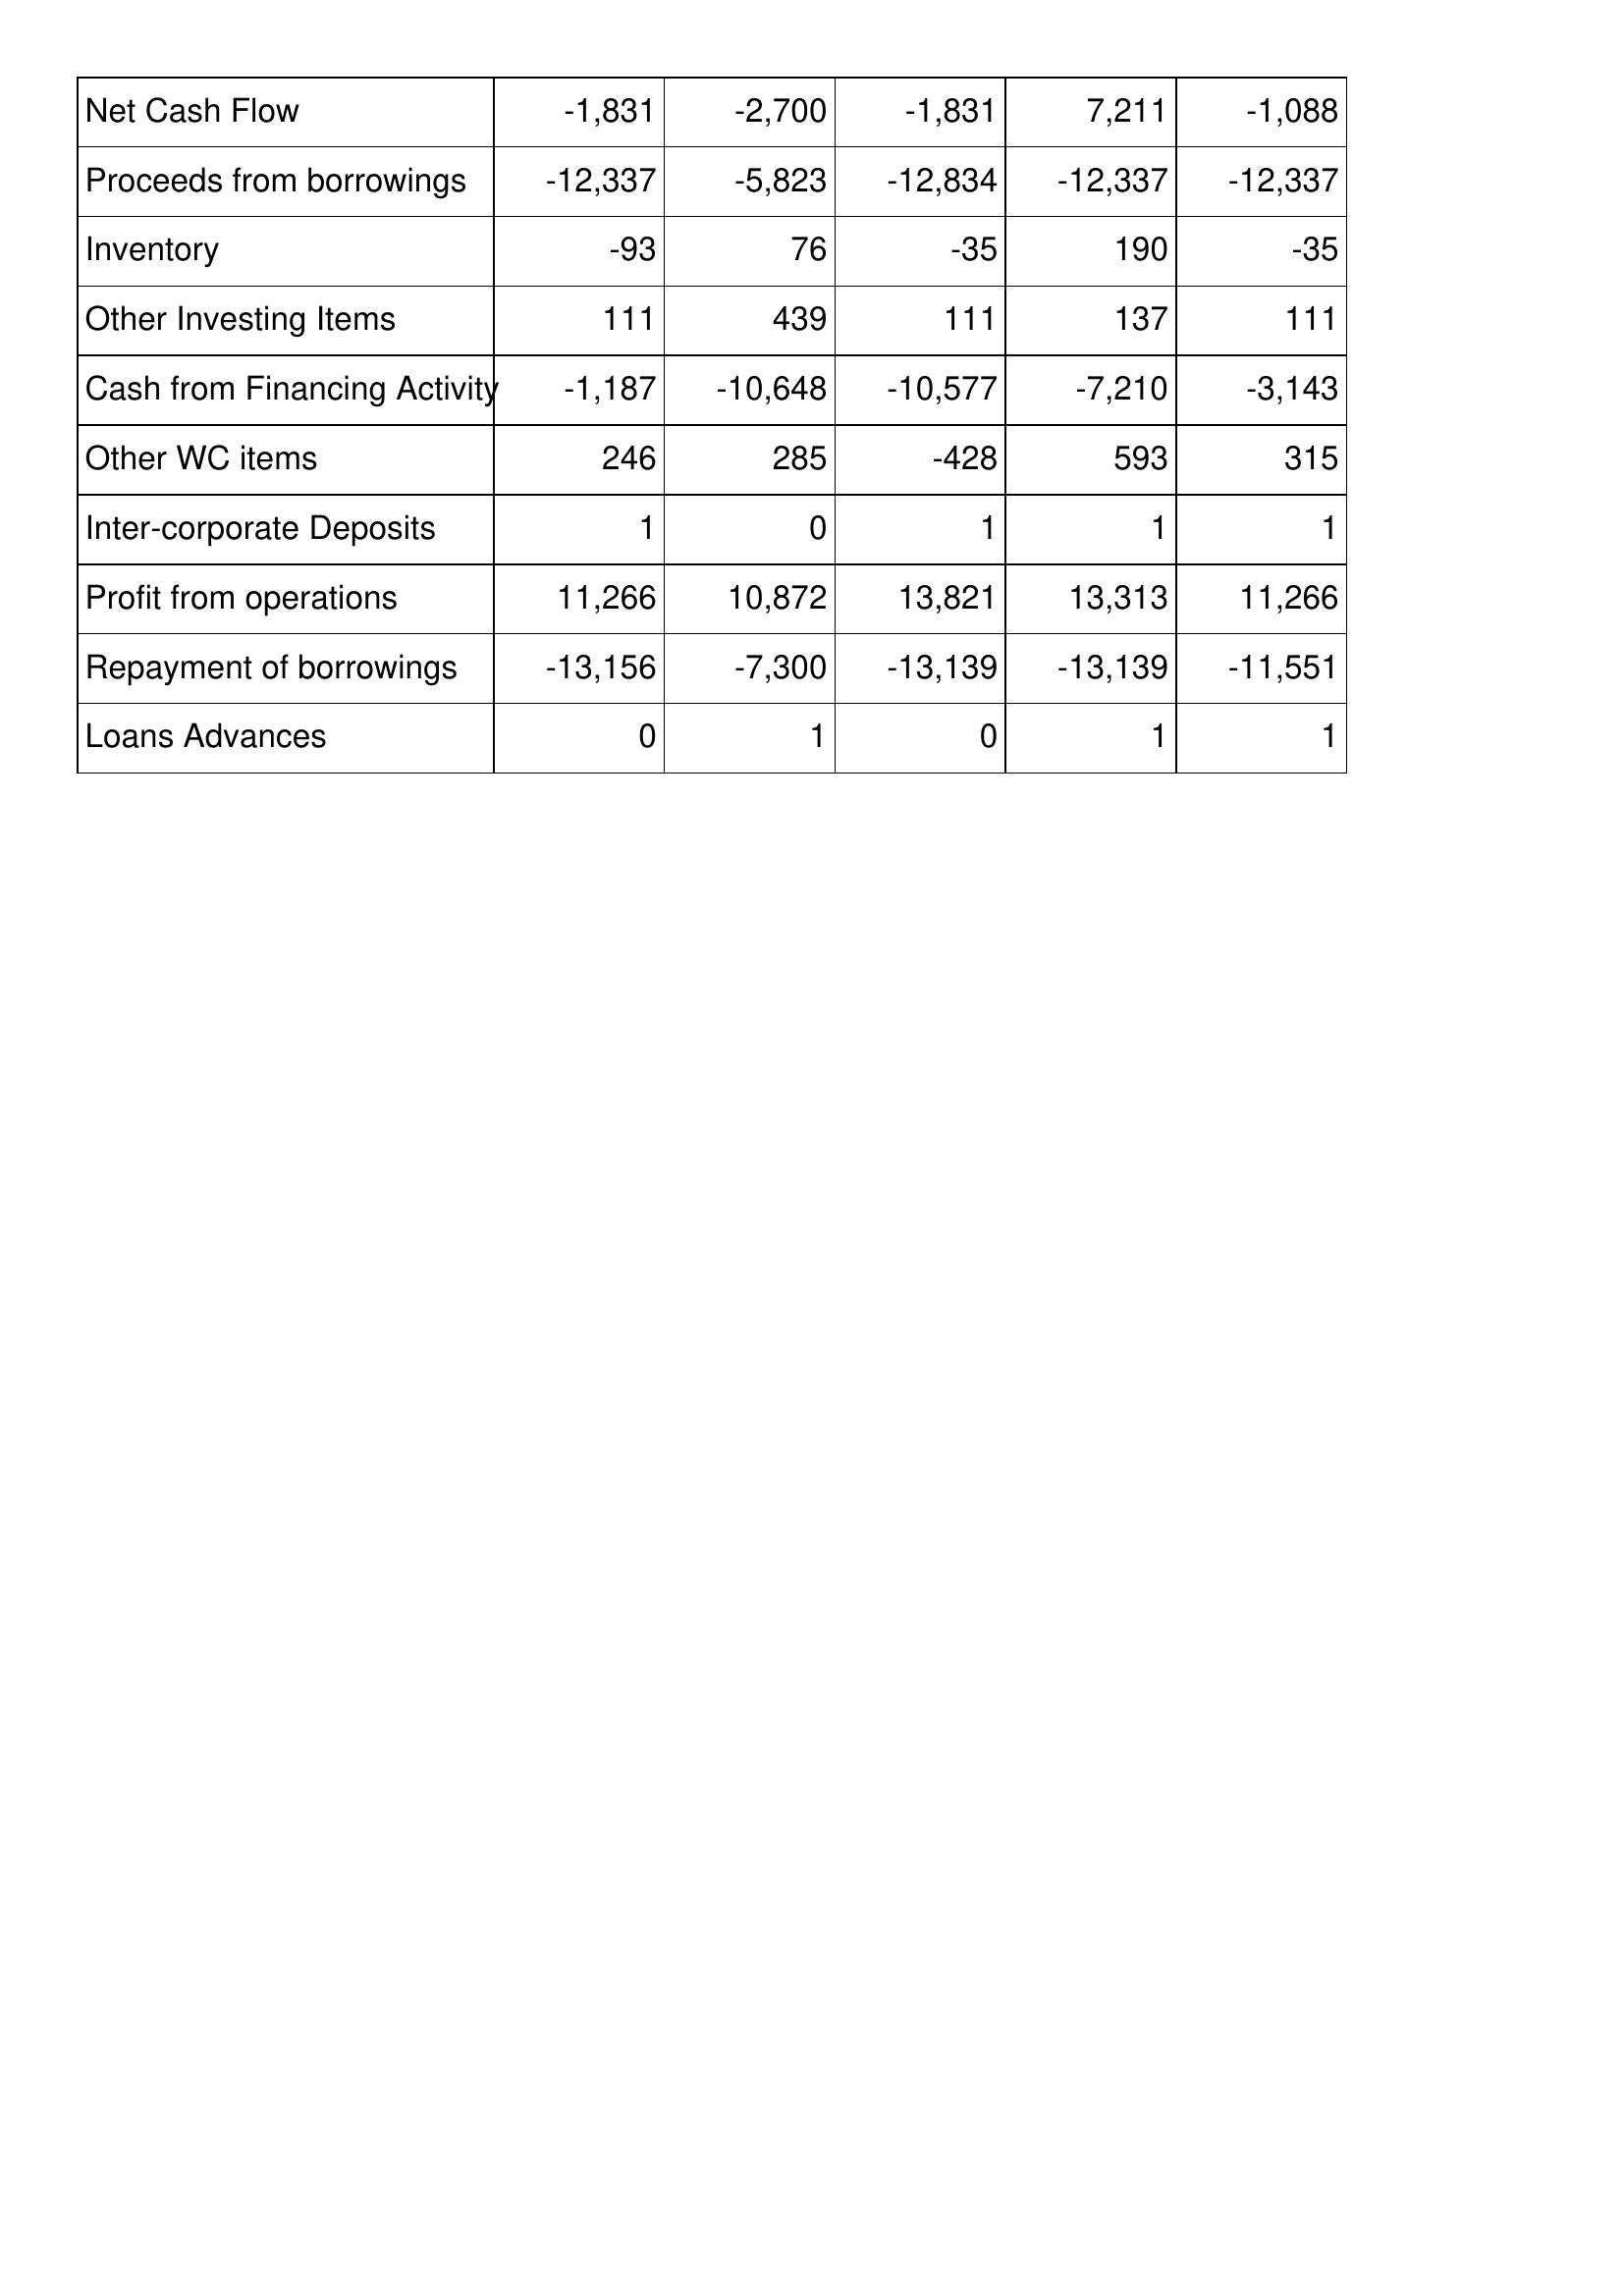
Mar-16: Cash Flows: Net Cash Flow: -1,831
Proceeds from borrowings: -12,337
Inventory: -93
Other Investing Items: 111
Cash from Financing Activity: -1,187
Other WC items: 246
Inter-corporate Deposits: 1
Profit from operations: 11,266
Repayment of borrowings: -13,156
Loans Advances: 0
Mar-15: Cash Flows: Net Cash Flow: -2,700
Proceeds from borrowings: -5,823
Inventory: 76
Other Investing Items: 439
Cash from Financing Activity: -10,648
Other WC items: 285
Inter-corporate Deposits: 0
Profit from operations: 10,872
Repayment of borrowings: -7,300
Loans Advances: 1
Mar-14: Cash Flows: Net Cash Flow: -1,831
Proceeds from borrowings: -12,834
Inventory: -35
Other Investing Items: 111
Cash from Financing Activity: -10,577
Other WC items: -428
Inter-corporate Deposits: 1
Profit from operations: 13,821
Repayment of borrowings: -13,139
Loans Advances: 0
Mar-13: Cash Flows: Net Cash Flow: 7,211
Proceeds from borrowings: -12,337
Inventory: 190
Other Investing Items: 137
Cash from Financing Activity: -7,210
Other WC items: 593
Inter-corporate Deposits: 1
Profit from operations: 13,313
Repayment of borrowings: -13,139
Loans Advances: 1
Mar-12: Cash Flows: Net Cash Flow: -1,088
Proceeds from borrowings: -12,337
Inventory: -35
Other Investing Items: 111
Cash from Financing Activity: -3,143
Other WC items: 315
Inter-corporate Deposits: 1
Profit from operations: 11,266
Repayment of borrowings: -11,551
Loans Advances: 1